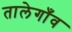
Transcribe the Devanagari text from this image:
तालेगाँव